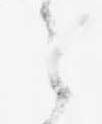
之